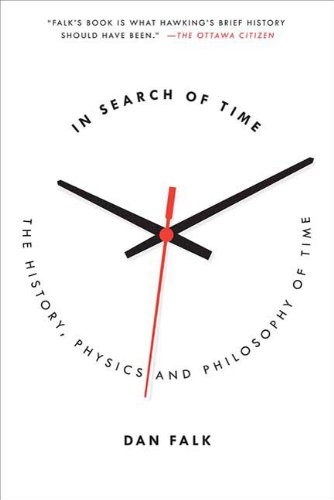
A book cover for In Search of Time: The History, Physics, and Philosophy of Time; Dan Falk; Science & Math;